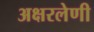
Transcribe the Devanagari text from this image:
अक्षरलेणी